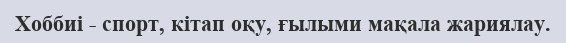
Хоббиі - спорт, кітап оқу, ғылыми мақала жариялау.